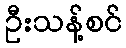
ဦးသန့်စင်